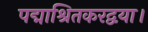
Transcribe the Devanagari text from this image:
पद्माश्रितकरद्वया।